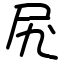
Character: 𫝲